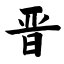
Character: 晋